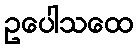
ဥပေါသထေ